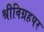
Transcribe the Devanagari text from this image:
श्रीविग्रहपर